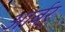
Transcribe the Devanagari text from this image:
आर्बर्